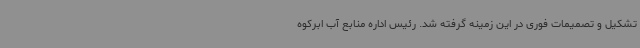
تشکیل و تصمیمات فوری در این زمینه گرفته شد. رئیس اداره منابع آب ابرکوه